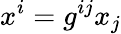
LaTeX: x^{i}=g^{ij}x_{j}